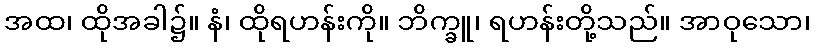
အထ၊ ထိုအခါ၌။ နံ၊ ထိုရဟန်းကို။ ဘိက္ခူ၊ ရဟန်းတို့သည်။ အာဝုသော၊